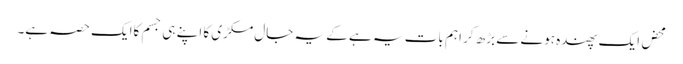
محض ایک پھندہ ہونے سے بڑھ کر اہم بات یہ ہے کے یہ جال مکڑی کا اپنے ہی جسم کاایک حصہ ہے۔